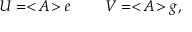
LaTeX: U = < \! A \! > e \: \: \: \: \: \: \: \: \: \: V = < \! A \! > g ,